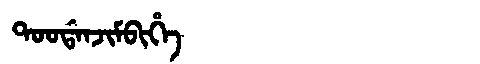
Manchu: ᡨᠣᠣᡩᠠᠨᠵᡳᠮᠪᡳᡥᡝ
Romanization: TOODANJIMBIHE